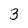
Character: 3